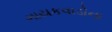
ગાયકવાડોના